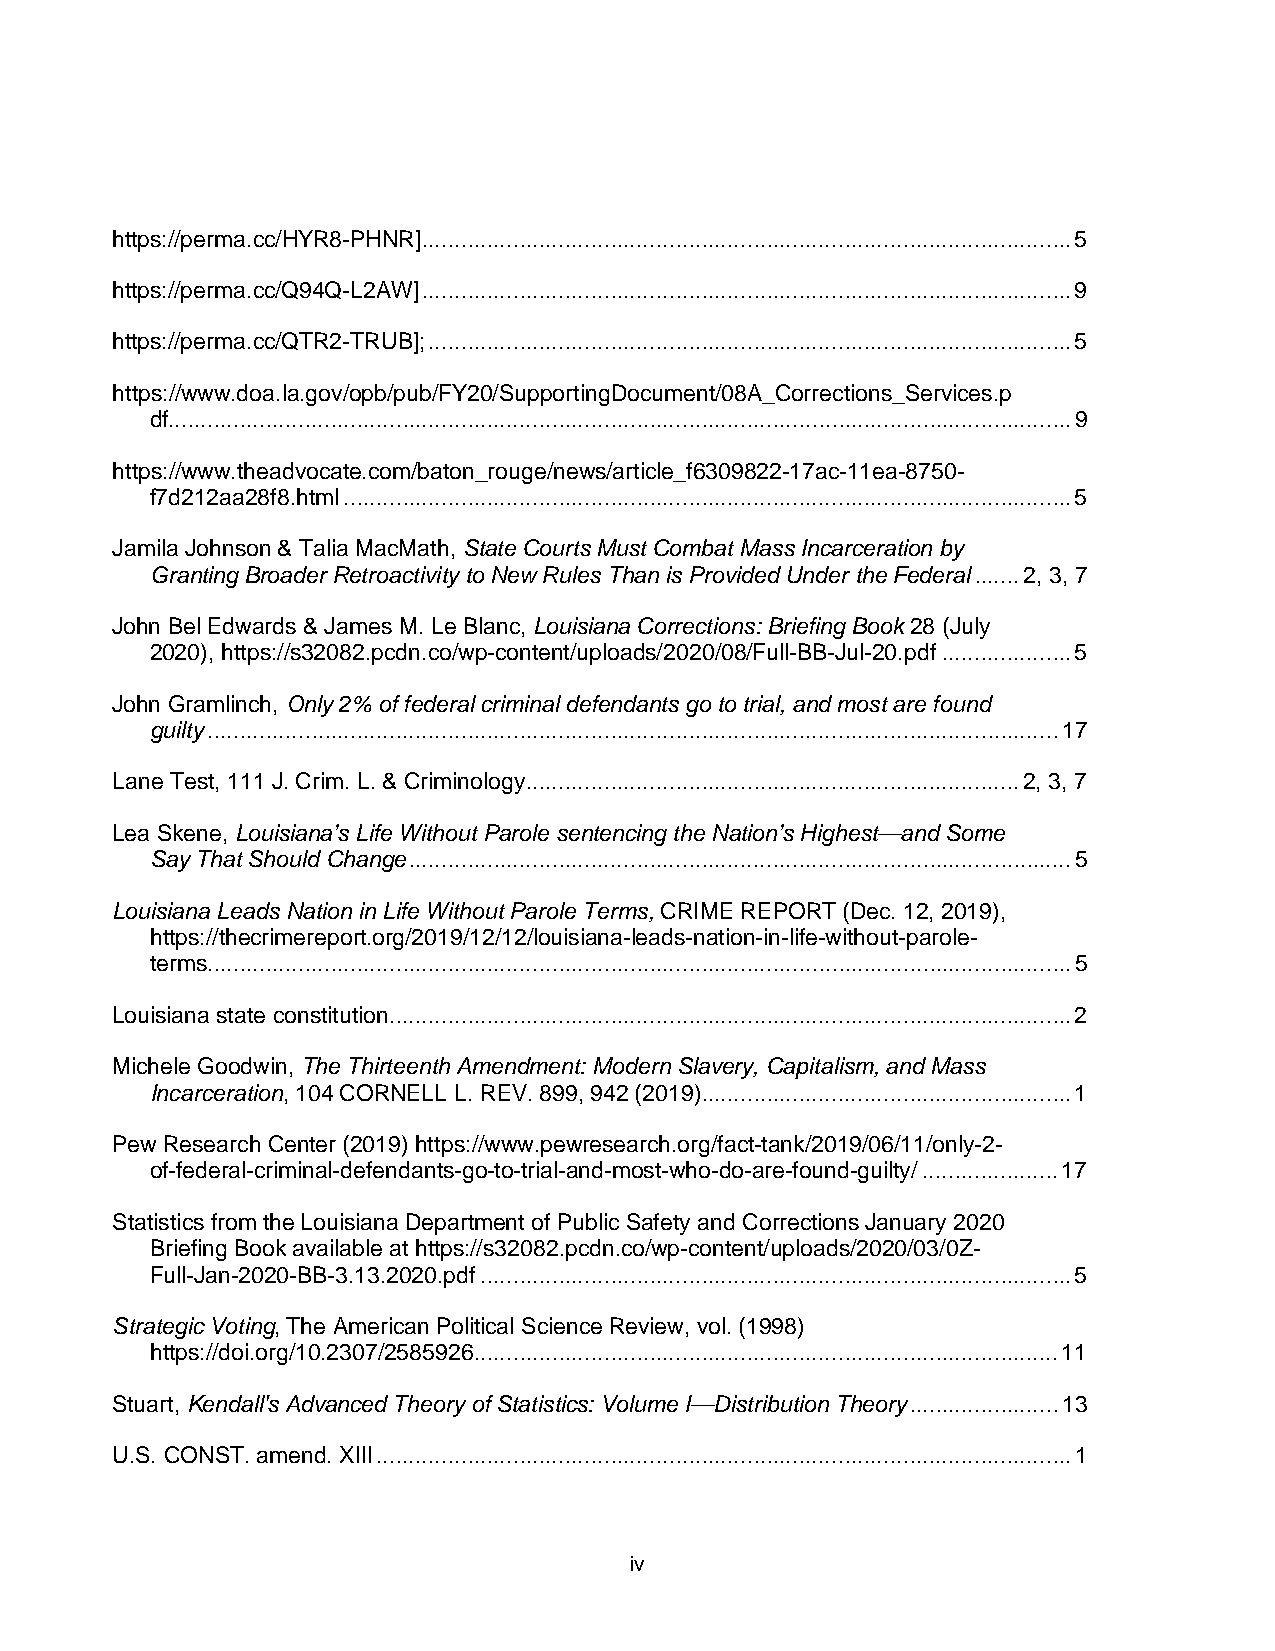
https://perma.cc/HYR8-PHNR] .................................................................................................... 5
 https://perma.cc/Q94Q-L2AW] .................................................................................................... 9
 https://perma.cc/QTR2-TRUB]; ................................................................................................... 5
 https://www.doa.la.gov/opb/pub/FY20/SupportingDocument/08A_Corrections_Services.p
 df........................................................................................................................................... 9
 https://www.theadvocate.com/baton_rouge/news/article_f6309822-17ac-11ea-8750-
 f7d212aa28f8.html ................................................................................................................ 5
 Jamila Johnson & Talia MacMath, State Courts Must Combat Mass Incarceration by
 Granting Broader Retroactivity to New Rules Than is Provided Under the Federal ....... 2, 3, 7
 John Bel Edwards & James M. Le Blanc, Louisiana Corrections: Briefing Book 28 (July
 2020), https://s32082.pcdn.co/wp-content/uploads/2020/08/Full-BB-Jul-20.pdf .................... 5
 John Gramlinch, Only 2% of federal criminal defendants go to trial, and most are found
 guilty ................................................................................................................................... 17
 Lane Test, 111 J. Crim. L. & Criminology ............................................................................ 2, 3, 7
 Lea Skene, Louisiana’s Life Without Parole sentencing the Nation’s Highest—and Some
 Say That Should Change ...................................................................................................... 5
 Louisiana Leads Nation in Life Without Parole Terms, CRIME REPORT (Dec. 12, 2019),
 https://thecrimereport.org/2019/12/12/louisiana-leads-nation-in-life-without-parole-
 terms ..................................................................................................................................... 5
 Louisiana state constitution ......................................................................................................... 2
 Michele Goodwin, The Thirteenth Amendment: Modern Slavery, Capitalism, and Mass
 Incarceration, 104 CORNELL L. REV. 899, 942 (2019) ......................................................... 1
 Pew Research Center (2019) https://www.pewresearch.org/fact-tank/2019/06/11/only-2-
 of-federal-criminal-defendants-go-to-trial-and-most-who-do-are-found-guilty/ ..................... 17
 Statistics from the Louisiana Department of Public Safety and Corrections January 2020
 Briefing Book available at https://s32082.pcdn.co/wp-content/uploads/2020/03/0Z-
 Full-Jan-2020-BB-3.13.2020.pdf ........................................................................................... 5
 Strategic Voting, The American Political Science Review, vol. (1998)
 https://doi.org/10.2307/2585926 .......................................................................................... 11
 Stuart, Kendall's Advanced Theory of Statistics: Volume I—Distribution Theory ....................... 13
 U.S. CONST. amend. XIII ........................................................................................................... 1
 iv